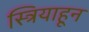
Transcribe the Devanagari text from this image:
स्त्रियाहून